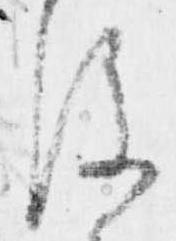
後